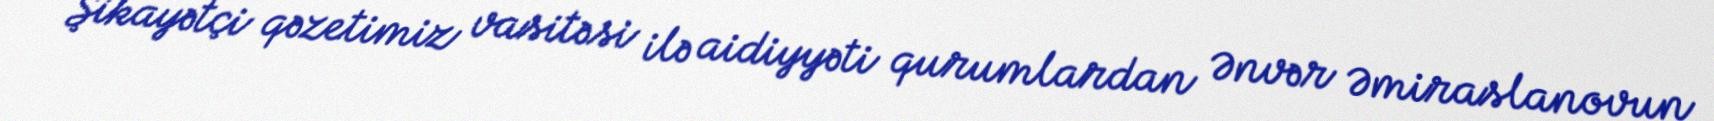
Şikayətçi qəzetimiz vasitəsi ilə aidiyyəti qurumlardan Ənvər Əmiraslanovun